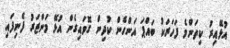
އުޅޭއިރު ކިތަންމެ ފަހަރަކު ބައްޕަ އަންހެން ކުދިން ގޮވައިގެން އުޅޭ މަންޒަރު ފެނިފައި